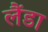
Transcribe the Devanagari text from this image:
लैंडा